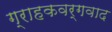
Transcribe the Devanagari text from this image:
ग्राहकवर्गवाद